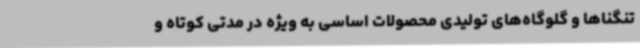
تنگناها و گلوگاه‌های تولیدی محصولات اساسی به ویژه در مدتی کوتاه و